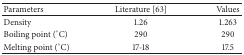
<table><thead><tr><td><b>Parameters</b></td><td><b>Literature [63]</b></td><td><b>Values</b></td></tr></thead><tbody><tr><td>Density</td><td>1.26</td><td>1.263</td></tr><tr><td>Boiling point (°C)</td><td>290</td><td>290</td></tr><tr><td>Melting point (°C)</td><td>17-18</td><td>17.5</td></tr></tbody></table>